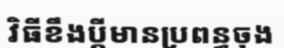
វិធីខឹងប្តីមានប្រពន្ធចុង